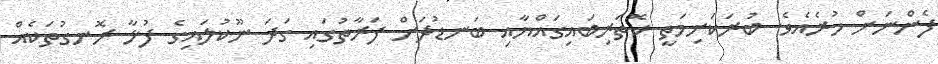
ފެންނަށް ހުރެއެވެ. ބުރަކަށިމަތީ ކޮތަރިބައިގައްޔާއި ބަނޑުދަށް ފަރާތުގައި ގަދަ ނޫކުލައިގެ ފުޅާ ރޮނގުތަކެއް